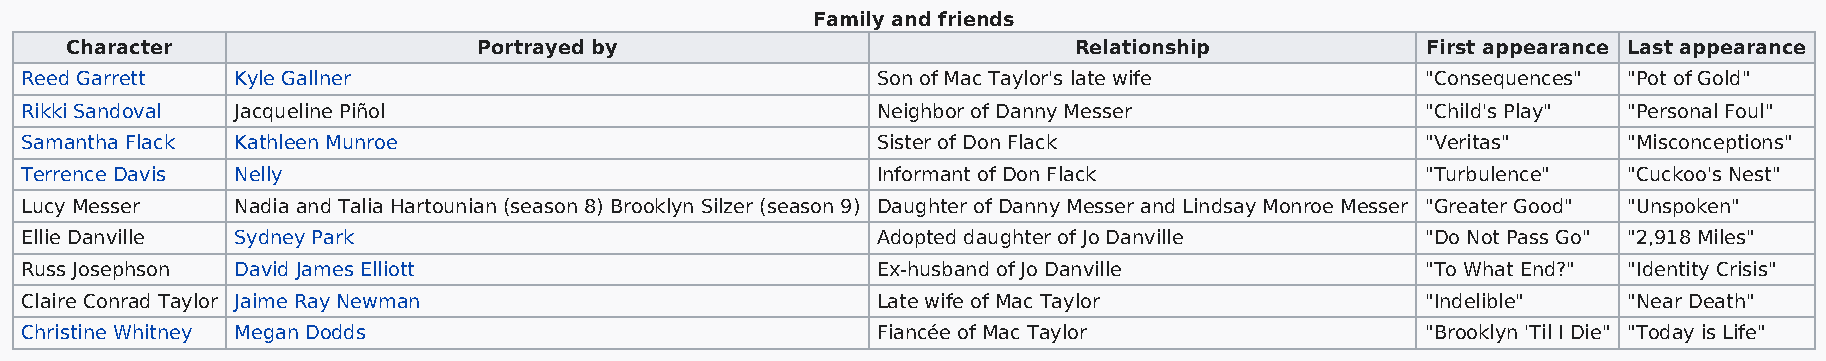
Family and friends
 Character                   Portrayed by                           Relationship           First appearance Last appearance
 Reed Garrett  Kyle Gallner                               Son of Mac Taylor's late wife       "Consequences" "Pot of Gold"
 Rikki Sandoval Jacqueline Piñol                          Neighbor of Danny Messer            "Child's Play" "Personal Foul"
 Samantha Flack Kathleen Munroe                           Sister of Don Flack                 "Veritas"     "Misconceptions"
 Terrence Davis Nelly                                     Informant of Don Flack              "Turbulence"  "Cuckoo's Nest"
 Lucy Messer   Nadia and Talia Hartounian (season 8) Brooklyn Silzer (season 9) Daughter of Danny Messer and Lindsay Monroe Messer "Greater Good" "Unspoken"
 Ellie Danville Sydney Park                               Adopted daughter of Jo Danville     "Do Not Pass Go" "2,918 Miles"
 Russ Josephson David James Elliott                       Ex-husband of Jo Danville           "To What End?" "Identity Crisis"
 Claire Conrad Taylor Jaime Ray Newman                    Late wife of Mac Taylor             "Indelible"   "Near Death"
 Christine Whitney Megan Dodds                            Fiancée of Mac Taylor               "Brooklyn 'Til I Die" "Today is Life"